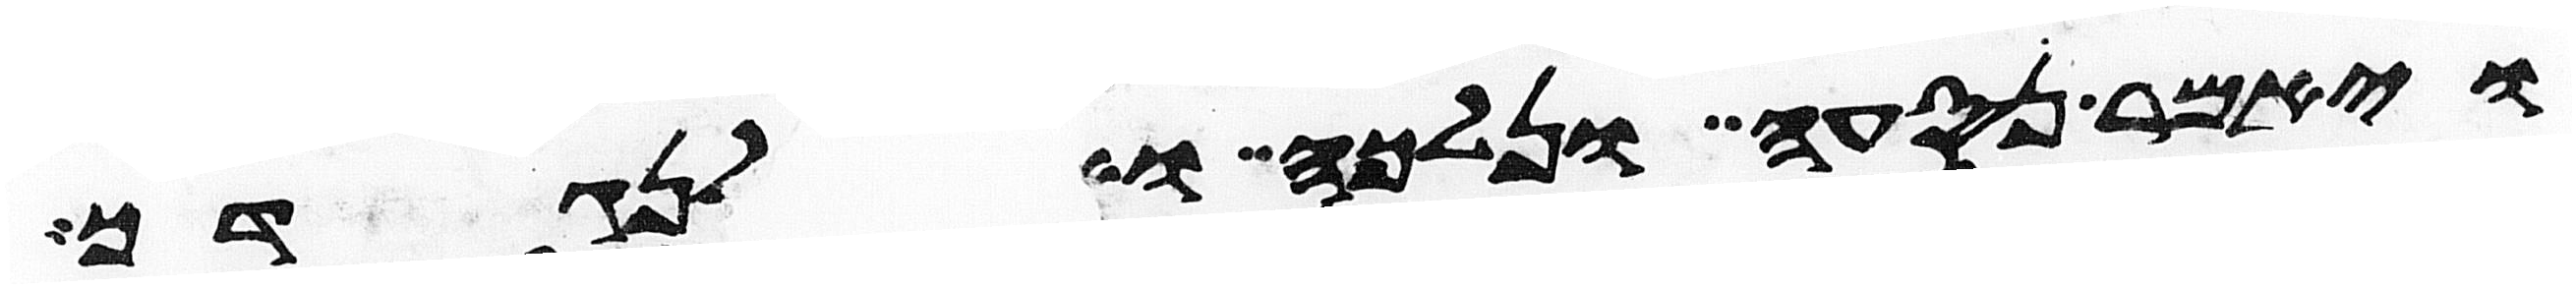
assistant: ויאמר נסעה ונלכה ואלכה לנגדך